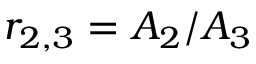
r _ { 2 , 3 } = A _ { 2 } / A _ { 3 }